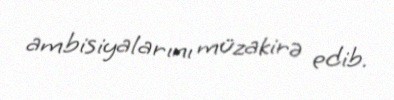
ambisiyalarını müzakirə edib.